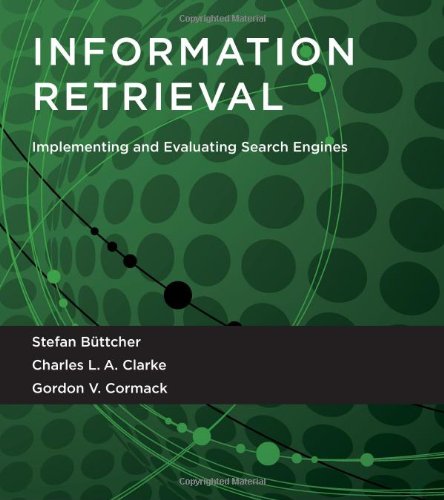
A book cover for Information Retrieval: Implementing and Evaluating Search Engines; Stefan BÃ¼ttcher; Computers & Technology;